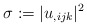
\begin{align*}\sigma:=|u_{,ijk}|^2\end{align*}